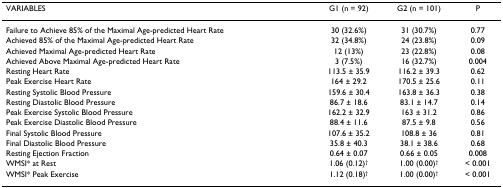
| VARIABLES | G1 (n = 92) | G2 (n = 101) | P |
 | --- | --- | --- | --- |
 | Failure to Achieve 85% of the Maximal Age-predicted Heart Rate | 30 (32.6%) | 31 (30.7%) | 0.77 |
 | Achieved 85% of the Maximal Age-predicted Heart Rate | 32 (34.8%) | 24 (23.8%) | 0.09 |
 | Achieved Maximal Age-predicted Heart Rate | 12 (13%) | 23 (22.8%) | 0.08 |
 | Achieved Above Maximal Age-predicted Heart Rate | 3 (7.5%) | 16 (32.7%) | 0.004 |
 | Resting Heart Rate | 113.5 ± 35.9 | 116.2 ± 39.3 | 0.62 |
 | Peak Exercise Heart Rate | 164 ± 29.2 | 170.5 ± 25.6 | 0.11 |
 | Resting Systolic Blood Pressure | 159.6 ± 30.4 | 163.8 ± 36.3 | 0.38 |
 | Resting Diastolic Blood Pressure | 86.7 ± 18.6 | 83.1 ± 14.7 | 0.14 |
 | Peak Exercise Systolic Blood Pressure | 162.2 ± 32.9 | 163 ± 31.2 | 0.86 |
 | Peak Exercise Diastolic Blood Pressure | 88.4 ± 11.6 | 87.5 ± 9.8 | 0.56 |
 | Final Systolic Blood Pressure | 107.6 ± 35.2 | 108.8 ± 36 | 0.81 |
 | Final Diastolic Blood Pressure | 35.8 ± 40.3 | 38.1 ± 38.6 | 0.68 |
 | Resting Ejection Fraction | 0.64 ± 0.07 | 0.66 ± 0.05 | 0.008 |
 | WMSI* at Rest | 1.06 (0.12)† | 1.00 (0.00)† | < 0.001 |
 | WMSI* Peak Exercise | 1.12 (0.18)† | 1.00 (0.00)† | < 0.001 |